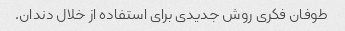
طوفان فکری روش جدیدی برای استفاده از خلال دندان.